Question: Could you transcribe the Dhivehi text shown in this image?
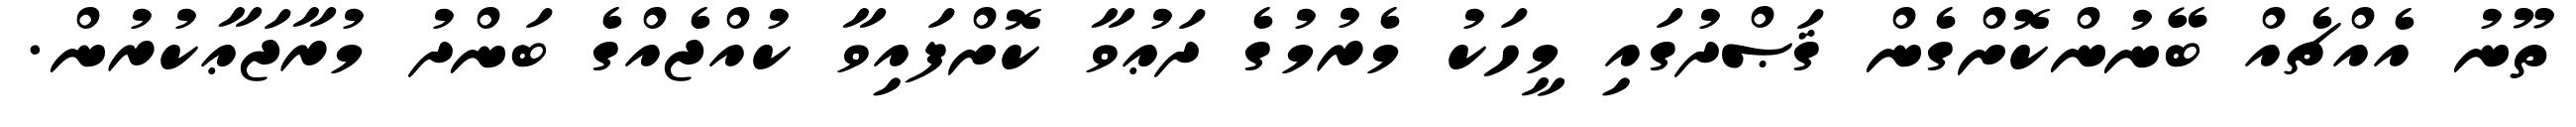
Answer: ތޫނު އެއްޗެއް ބޭނުންކޮށްގެން ޤަޞްދުގައި މީހަކު މެރުމުގެ ދަޢުވާ ކޮށްފައިވާ ކުއްޖެއްގެ ބަންދު މުރާޖަޢާކުރުން.